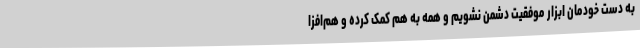
به دست خودمان ابزار موفقیت دشمن نشویم و همه به هم کمک کرده و هم‌افزا